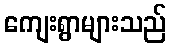
ကျေးရွာများသည်